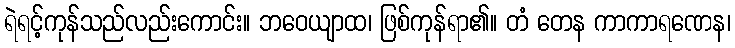
ရဲရင့်ကုန်သည်လည်းကောင်း။ ဘဝေယျာထ၊ ဖြစ်ကုန်ရာ၏။ တံ တေန ကာကာရဏေန၊